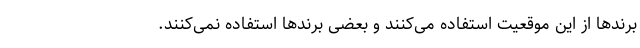
برندها از این موقعیت استفاده می‌کنند و بعضی برندها استفاده نمی‌کنند.